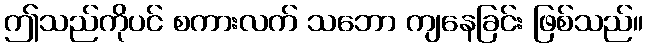
ဤသည်ကိုပင် စကားလက် သဘော ကျနေခြင်း ဖြစ်သည်။